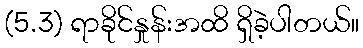
(5.3) ရာခိုင်နှုန်းအထိ ရှိခဲ့ပါတယ်။